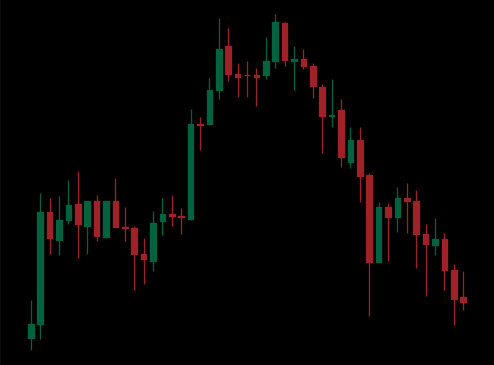
Pattern: head_shoulders